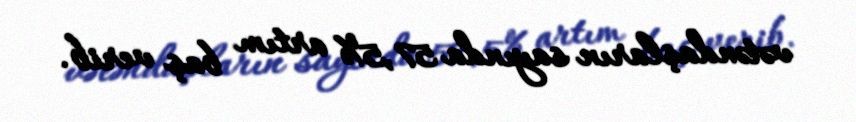
vətəndaşların sayında 57,5% artım baş verib.